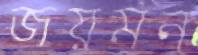
জয়মন